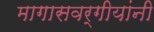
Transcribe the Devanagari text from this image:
मागासवर्गीयांनी